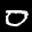
Label: 0